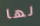
لها